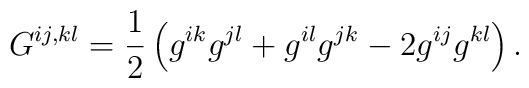
G^{ij,kl} = \frac{1}{2}\left(g^{ik} g^{jl} + g^{il} g^{jk} - 2g^{ij}g^{kl}\right).